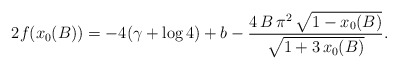
\begin{align*}2f(x_0(B)) = -4(\gamma+\log 4) + b - \frac{4\,B\,{\pi }^2\,{\sqrt{1 - x_0(B)}}}{{\sqrt{1 +3\,x_0(B)}}}.\end{align*}